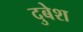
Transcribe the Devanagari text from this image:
दुबेश